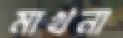
মাখনা